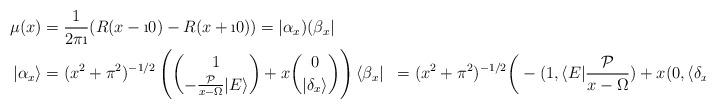
LaTeX: \begin{align*}\mu(x)&=\frac{1}{2\pi \i} (R(x-\i 0)-R(x +\i 0))=|\alpha_x)(\beta_x|\\ |\alpha_x\rangle &= (x^2+\pi^2)^{-1/2}\left(\binom{1}{-\frac{\mathcal{P}}{x-\Omega}|E\rangle}+ x\binom{0}{|\delta_x\rangle} \right) \langle\beta_x| &= (x^2+\pi^2)^{-1/2}\bigg (-(1,\langle E|\frac{\mathcal{P}}{x-\Omega})+ x(0,\langle\delta_x|)\bigg)\end{align*}